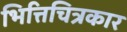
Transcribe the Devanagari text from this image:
भित्तिचित्रकार